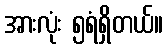
အားလုံး ၅ရံရှိတယ်။